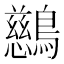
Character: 𪇔